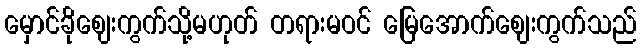
မှောင်ခိုဈေးကွက်သို့မဟုတ် တရားမဝင် မြေအောက်ဈေးကွက်သည်